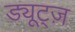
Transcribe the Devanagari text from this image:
ड्यूट्ज़